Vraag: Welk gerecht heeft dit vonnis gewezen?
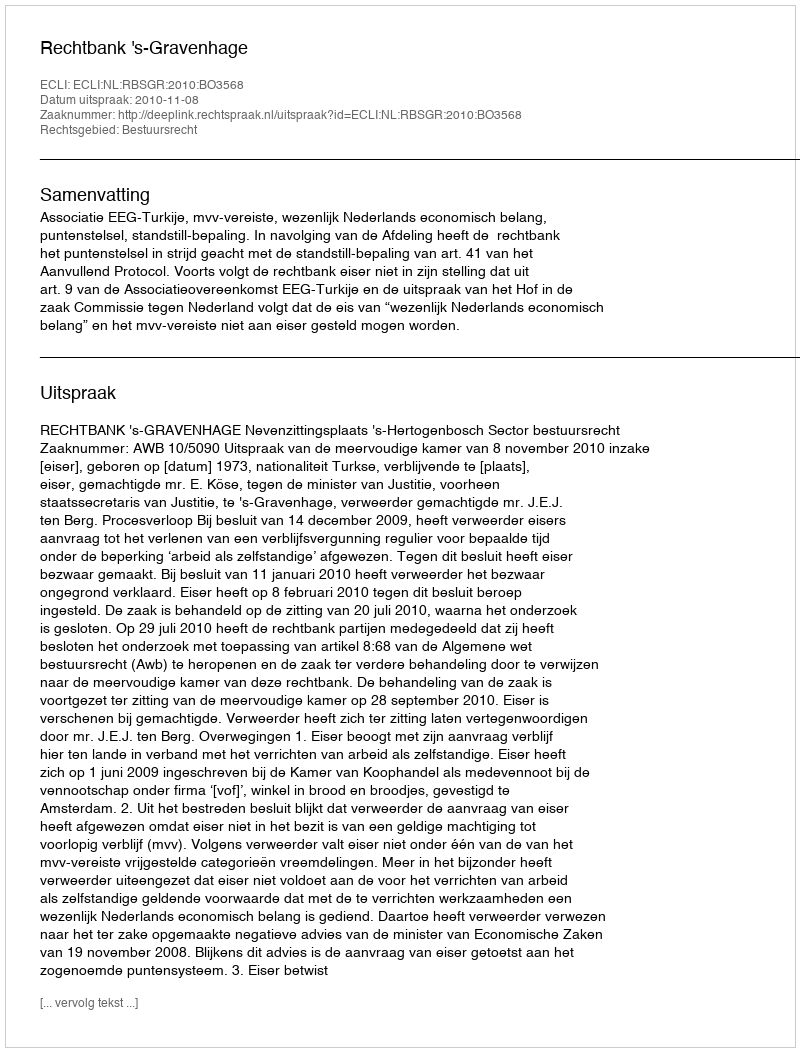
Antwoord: Rechtbank 's-Gravenhage